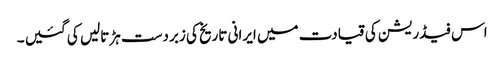
اس فیڈریشن کی قیادت میں ایرانی تاریخ کی زبردست ہڑتالیں کی گئیں ۔